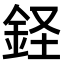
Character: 𫒔